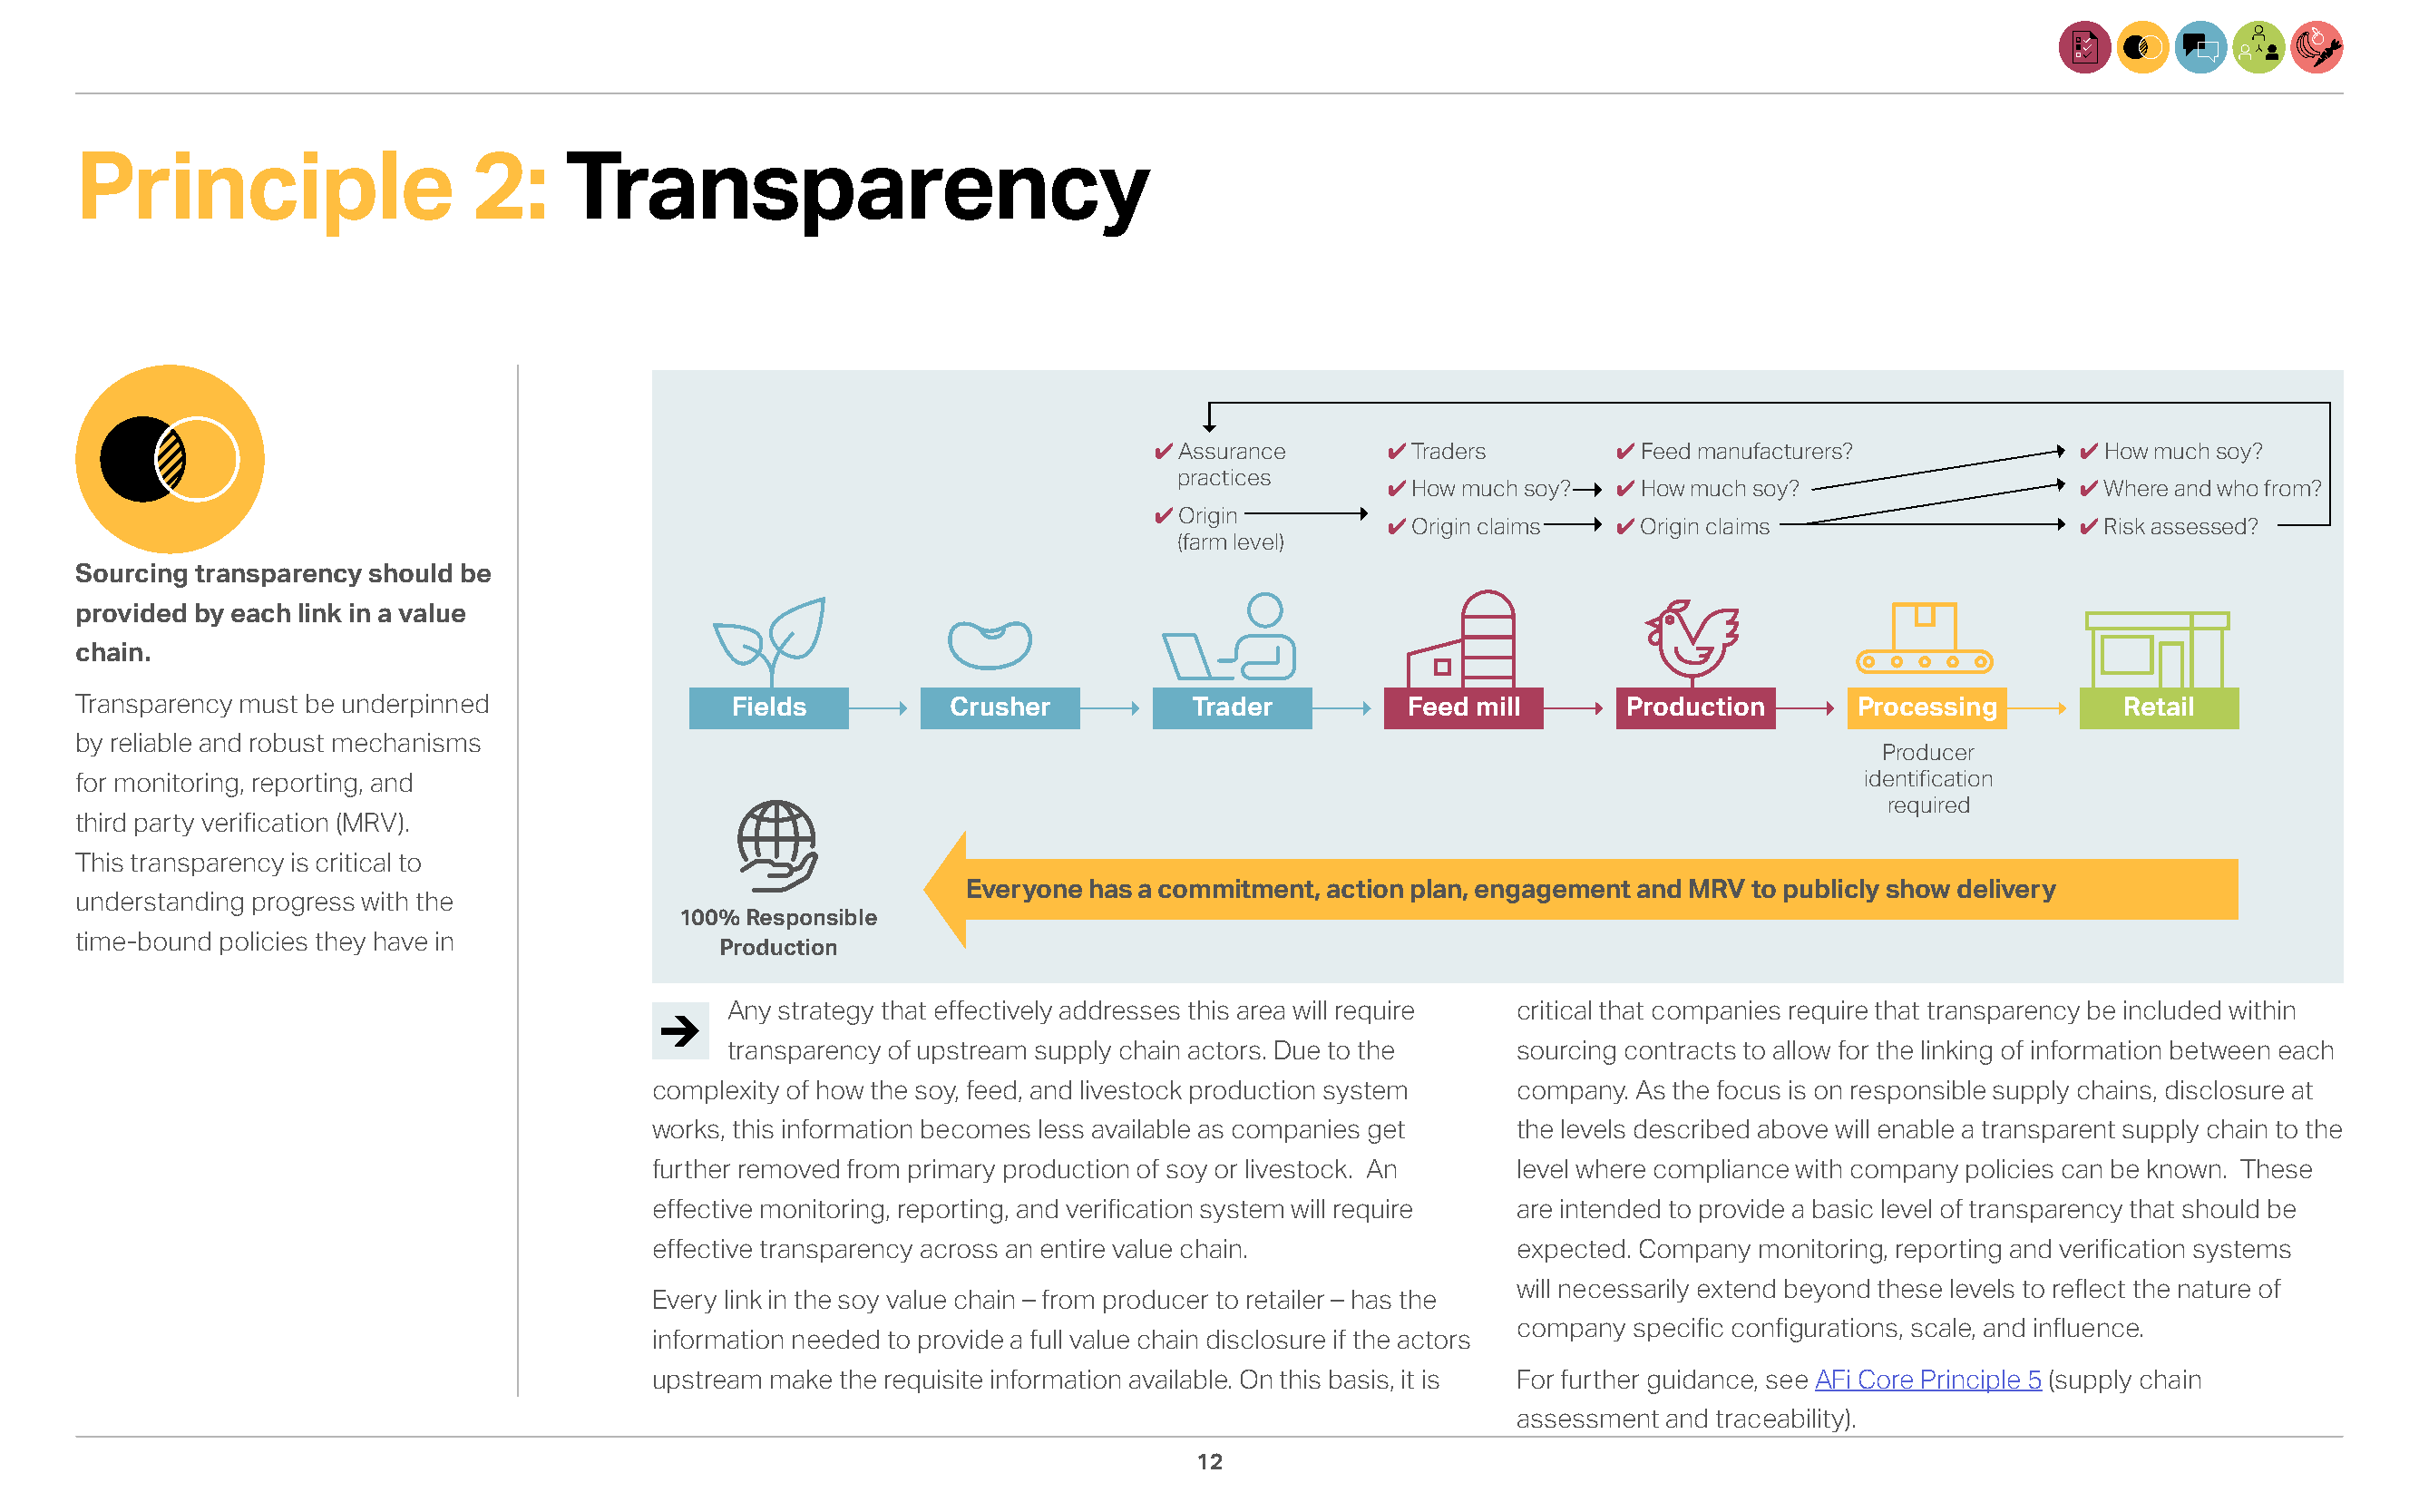
Principle                   2:     Transparency
 ✔                ✔                ✔                                 ✔
 Assurance        Traders          Feed manufacturers?               How much soy?
 practices      ✔                ✔                                 ✔
 How much soy?    How much soy?                     Where and who from?
 ✔
 Origin         ✔                ✔                                 ✔
 Origin claims    Origin claims                     Risk assessed?
 (farm level)
 Sourcing transparency should be
 provided by each link in a value
 chain.
 Transparency must be underpinned               Fields          Crusher           Trader          Feed mill       Production       Processing         Retail
 by reliable and robust mechanisms
 Producer
 for monitoring, reporting, and                                                                                                    identification
 required
 third party verification (MRV).
 This transparency is critical to
 Everyone has a commitment, action plan, engagement and MRV to publicly show delivery
 understanding progress with the
 100% Responsible
 time-bound policies they have in              Production
 Any strategy that effectively addresses this area will require critical that companies require that transparency be included within
 transparency of upstream supply chain actors. Due to the  sourcing contracts to allow for the linking of information between each
 complexity of how the soy, feed, and livestock production system company. As the focus is on responsible supply chains, disclosure at
 works, this information becomes less available as companies get the levels described above will enable a transparent supply chain to the
 further removed from primary production of soy or livestock. An level where compliance with company policies can be known. These
 effective monitoring, reporting, and verification system will require are intended to provide a basic level of transparency that should be
 effective transparency across an entire value chain.           expected. Company monitoring, reporting and verification systems
 will necessarily extend beyond these levels to reflect the nature of
 Every link in the soy value chain – from producer to retailer – has the
 company specific configurations, scale, and influence.
 information needed to provide a full value chain disclosure if the actors
 upstream make the requisite information available. On this basis, it is For further guidance, see AFi Core Principle 5 (supply chain
 assessment and traceability).
 12